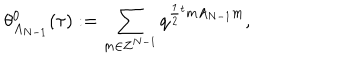
\theta _ { A _ { N - 1 } } ^ { 0 } ( \tau ) : = \sum _ { m \in { \bf Z } ^ { N - 1 } } q ^ { \frac { 1 } { 2 } { } ^ { t } m A _ { N - 1 } m } ,